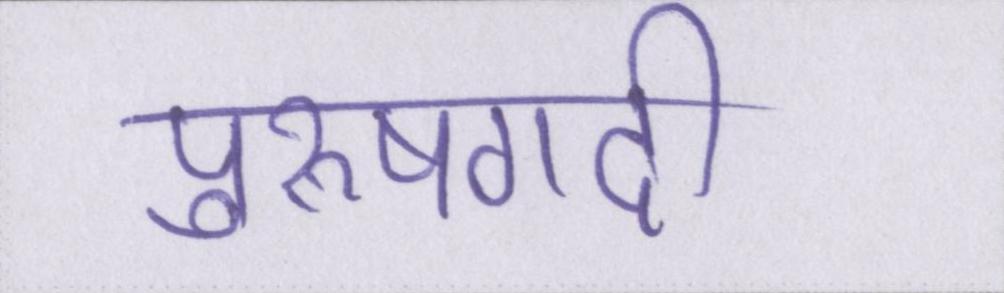
पुरूषगर्दी